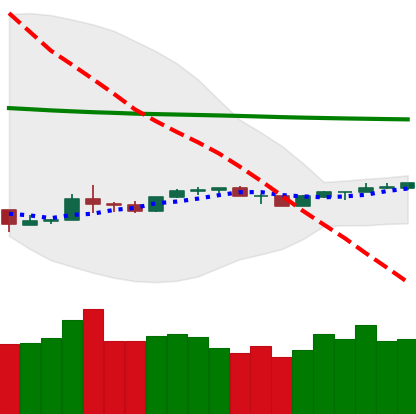
Ticker: NEO-USD
Chart end date: 2020-04-04
Forward return: 11.706%
Label: up_7plus